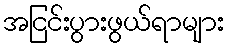
အငြင်းပွားဖွယ်ရာများ